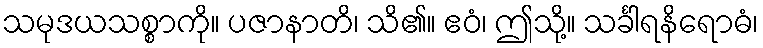
သမုဒယသစ္စာကို။ ပဇာနာတိ၊ သိ၏။ ဧဝံ၊ ဤသို့။ သင်္ခါရနိရောဓံ၊